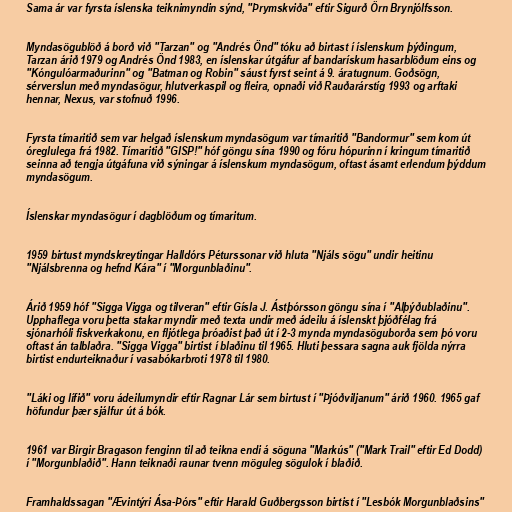
Sama ár var fyrsta íslenska teiknimyndin sýnd, "Þrymskviða" eftir Sigurð Örn Brynjólfsson.

Myndasögublöð á borð við "Tarzan" og "Andrés Önd" tóku að birtast í íslenskum þýðingum,
Tarzan árið 1979 og Andrés Önd 1983, en íslenskar útgáfur af bandarískum hasarblöðum eins og
"Kóngulóarmaðurinn" og "Batman og Robin" sáust fyrst seint á 9. áratugnum. Goðsögn,
sérverslun með myndasögur, hlutverkaspil og fleira, opnaði við Rauðarárstíg 1993 og arftaki
hennar, Nexus, var stofnuð 1996.

Fyrsta tímaritið sem var helgað íslenskum myndasögum var tímaritið "Bandormur" sem kom út
óreglulega frá 1982. Tímaritið "GISP!" hóf göngu sína 1990 og fóru hópurinn í kringum tímaritið
seinna að tengja útgáfuna við sýningar á íslenskum myndasögum, oftast ásamt erlendum þýddum
myndasögum.

Íslenskar myndasögur í dagblöðum og tímaritum.

1959 birtust myndskreytingar Halldórs Péturssonar við hluta "Njáls sögu" undir heitinu
"Njálsbrenna og hefnd Kára" í "Morgunblaðinu".

Árið 1959 hóf "Sigga Vigga og tilveran" eftir Gísla J. Ástþórsson göngu sína í "Alþýðublaðinu".
Upphaflega voru þetta stakar myndir með texta undir með ádeilu á íslenskt þjóðfélag frá
sjónarhóli fiskverkakonu, en fljótlega þróaðist það út í 2-3 mynda myndasöguborða sem þó voru
oftast án talblaðra. "Sigga Vigga" birtist í blaðinu til 1965. Hluti þessara sagna auk fjölda nýrra
birtist endurteiknaður í vasabókarbroti 1978 til 1980.

"Láki og lífið" voru ádeilumyndir eftir Ragnar Lár sem birtust í "Þjóðviljanum" árið 1960. 1965 gaf
höfundur þær sjálfur út á bók.

1961 var Birgir Bragason fenginn til að teikna endi á söguna "Markús" ("Mark Trail" eftir Ed Dodd)
í "Morgunblaðið". Hann teiknaði raunar tvenn möguleg sögulok í blaðið.

Framhaldssagan "Ævintýri Ása-Þórs" eftir Harald Guðbergsson birtist í "Lesbók Morgunblaðsins"